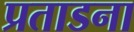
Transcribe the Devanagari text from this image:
प्रताडना